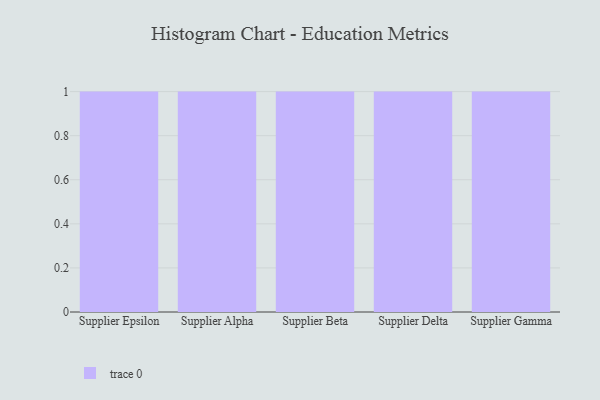
{"axis": {"x": "Supplier", "y": "LTV (USD)"}, "legend": [""], "data": [{"x": "Supplier Epsilon", "y": 3, "type": ""}, {"x": "Supplier Alpha", "y": 80, "type": ""}, {"x": "Supplier Beta", "y": 52, "type": ""}, {"x": "Supplier Delta", "y": 6, "type": ""}, {"x": "Supplier Gamma", "y": 21, "type": ""}]}